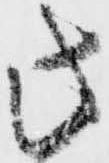
此